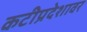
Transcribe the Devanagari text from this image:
कटीप्रदेशावर